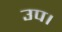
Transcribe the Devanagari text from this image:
उप।